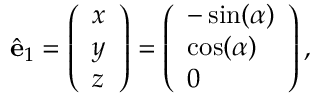
\hat { \mathbf { e } } _ { 1 } = \left( \begin{array} { l } { x } \\ { y } \\ { z } \end{array} \right) = \left( \begin{array} { l } { - \sin ( \alpha ) } \\ { \cos ( \alpha ) } \\ { 0 } \end{array} \right) ,